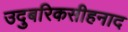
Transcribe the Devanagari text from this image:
उदुबरिकसीहनाद